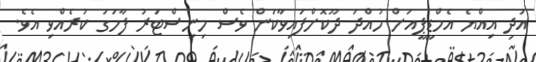
އަދި އިއްޔެ އެމްޑީޕީއަށް ހުއްދަ ދޫކޮށްފައިވާކަން ވެސް މިނިސްޓަރު ފާހަގަ ކުރެއްވި އެވެ.